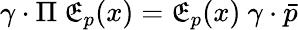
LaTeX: \gamma\cdot\Pi~\mathfrak{E}_{p}(x)=\mathfrak{E}_{p}(x)~\gamma\cdot\bar{{p}}